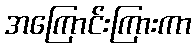
အကြောင်းကြားကာ